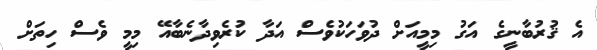
އެ ޤުރުބާނީގެ އަގު މިމީއަށް ދުވަހަކުވެސް އަދާ ކުރެވިދާނެބާއޭ މިމީ ވެސް ހިތަށް